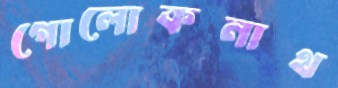
গোলোকনাথ